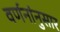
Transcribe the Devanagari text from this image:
वर्णनांनुसार